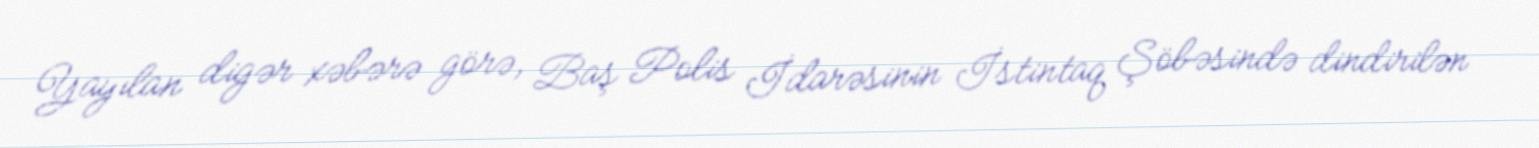
Yayılan digər xəbərə görə, Baş Polis İdarəsinin İstintaq Şöbəsində dindirilən